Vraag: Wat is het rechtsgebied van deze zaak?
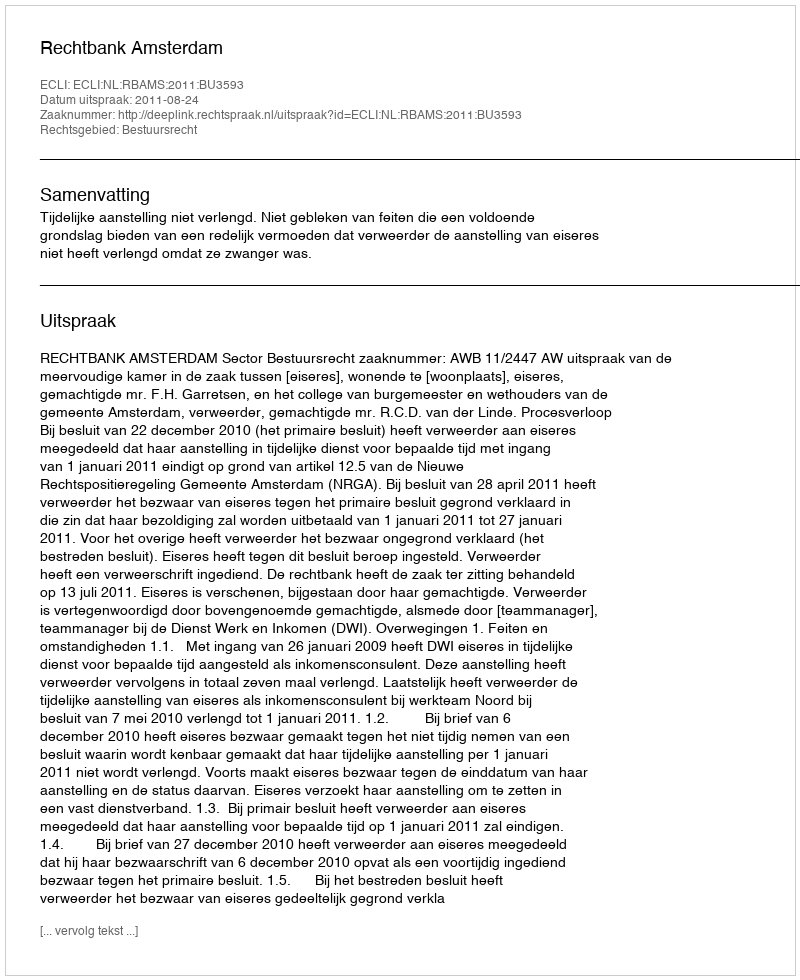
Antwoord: Bestuursrecht